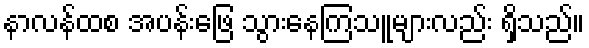
နာလန်ထစ အပန်းဖြေ သွားနေကြသူများလည်း ရှိသည်။